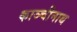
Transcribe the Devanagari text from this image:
काञ्चीनाथ